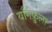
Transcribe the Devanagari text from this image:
याँगफ़ुला